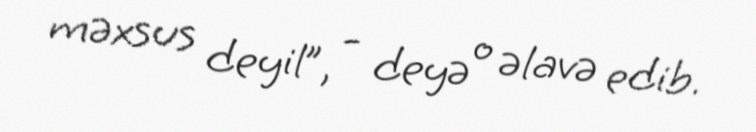
məxsus deyil”, - deyə o əlavə edib.